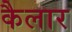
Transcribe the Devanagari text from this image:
कैलार